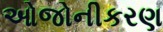
ઓજોનીકરણ